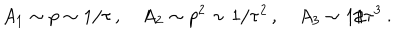
LaTeX: A _ { 1 } \sim p \sim 1 / \tau \, , \quad A _ { 2 } \sim p ^ { 2 } \sim 1 / \tau ^ { 2 } \, , \quad A _ { 3 } \sim 1 / \tau ^ { 3 } \: .